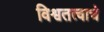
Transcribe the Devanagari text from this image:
विश्वतत्वाचे